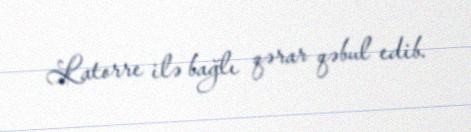
Latorre ilə bağlı qərar qəbul edib.